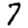
Digit: 7